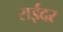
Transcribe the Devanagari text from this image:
राईंदर